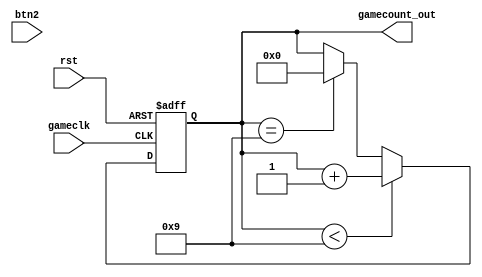
module GameMain(input rst,input  btn2, input gameclk, output[3:0] gamecount_out);

reg [3:0] gamecount;

always @(posedge gameclk or negedge rst)
	begin
	
	 if(!rst)
        begin
          gamecount <=0;
          
        end
    else if(gamecount <9) ////////////pls mod
      begin
        gamecount <= gamecount +1;
      end
	 else if(gamecount==9)
		begin
			gamecount <= 0;
		end
	end
assign gamecount_out = gamecount;
	
endmodule